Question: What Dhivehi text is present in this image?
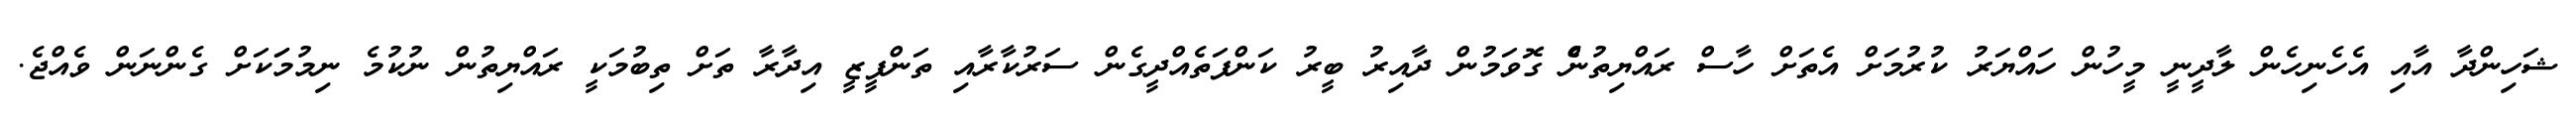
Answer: ޝަހިންދާ އާއި އެހެނިހެން ލާދީނީ މީހުން ހައްޔަރު ކުރުމަށް އެތަށް ހާސް ރައްޔިތުނެް ގޮވަމުން ދާއިރު ބީރު ކަންފަތެއްދީގެން ސަރުކާރާއި ތަންފީޒީ އިދާރާ ތަށް ތިބުމަކީ ރައްޔިތުން ނުކުމެ ނިމުމަަކަށް ގެންނަން ވެއްޖެ.